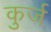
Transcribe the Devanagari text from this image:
कुर्ज